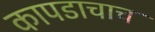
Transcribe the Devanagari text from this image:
कापडाचाच